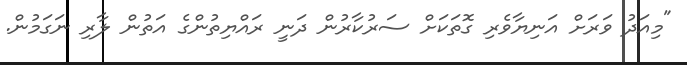
"މިއަދު ވަރަށް އަނިޔާވެރި ގޮތަކަށް ސަރުކާރުން ދަނީ ރައްޔިތުންގެ އަތުން ލާރި ނަގަމުން.